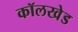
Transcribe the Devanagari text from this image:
कॉलखेड